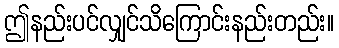
ဤနည်းပင်လျှင်သိကြောင်းနည်းတည်း။